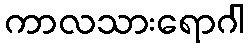
ကာလသားရောဂါ